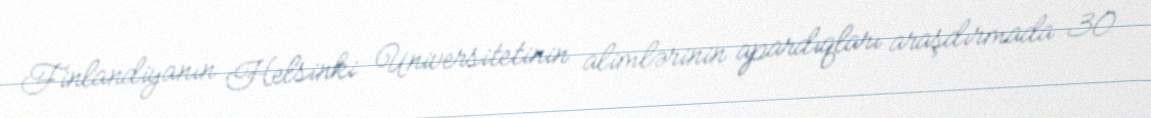
Finlandiyanın Helsinki Universitetinin alimlərinin apardıqları araşdırmada 30